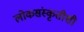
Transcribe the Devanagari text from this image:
लोकसंस्कृतीशी